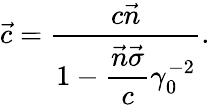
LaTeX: \vec{c}=\frac{c\vec{n}}{1-\displaystyle\frac{\vec{n}\vec{\sigma}}{c}\gamma_{0}^{-2}}.